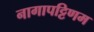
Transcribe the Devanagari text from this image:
नागापट्टिणम